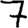
Digit: 7